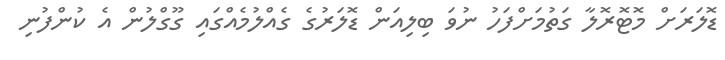
ޑޮލަރަށް މޮޓޮރޮލާ ގަތުމަށްފަހު ނުވަ ބިލިއަން ޑޮލަރުގެ ގެއްލުމެއްގައި ގޫގްލުން އެ ކުންފުނި